Vaccination in the Punjab 1905-1918 - 1905-1918
Year: 1905
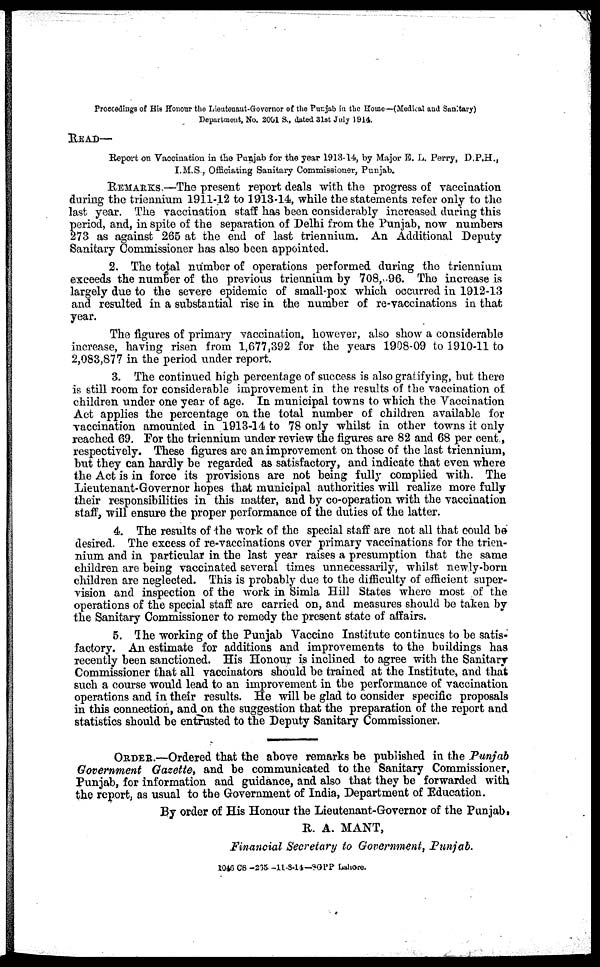
Proccedings of His Honour the Lieutenant-Governor of the Punjab in the Home—(Medical and Sanitary)
Department, No. 2001 S., dated 31st July 1914.
READ—
Report on Vaccination in the Punjab for the year 1913-14, by Major E. L. Perry, D.P.H.,
I.M.S., Officiating Sanitary Commissioner, Punjab.
REMARKS.—The present report deals with the progress of vaccination
during the triennium 1911-12 to 1913-14, while the statements refer only to the
last year. The vaccination staff has been considerably increased during this
period, and, in spite of the separation of Delhi from the Punjab, now numbers
273 as against 265 at the end of last triennium. An Additional Deputy
Sanitary Commissioner has also been appointed.
2. The total number of operations performed during the triennium
exceeds the number of the previous triennium by 708, 96. The increase is
largely due to the severe epidemic of small-pox which occurred in 1912-13
and resulted in a substantial rise in the number of re-vaccinations in that
year.
The figures of primary vaccination, however, also show a considerable
increase, having risen from 1,677,392 for the years 1908-09 to 1910-11 to
2,083,877 in the period under report.
3. The continued high percentage of success is also gratifying, but there
is still room for considerable improvement in the results of the vaccination of
children under one year of age. In municipal towns to which the Vaccination
Act applies the percentage on the total number of children available for
vaccination amounted in 1913-14 to 78 only whilst in other towns it only
reached 69. For the triennium under review the figures are 82 and 68 per cent.,
respectively. These figures are an improvement on those of the last triennium,
but they can hardly be regarded as satisfactory, and indicate that even where
the Act is in force its provisions are not being fully complied with. The
Lieutenant-Governor hopes that municipal authorities will realize more fully
their responsibilities in this matter, and by co-operation with the vaccination
staff, will ensure the proper performance of the duties of the latter.
4. The results of the work of the special staff are not all that could be
desired. The excess of re-vaccinations over primary vaccinations for the trien-
nium and in particular in the last year raises a presumption that the same
children are being vaccinated several times unnecessarily, whilst newly-born
children are neglected. This is probably due to the difficulty of efficient super-
vision and inspection of the work in Simla Hill States where most of the
operations of the special staff are carried on, and measures should be taken by
the Sanitary Commissioner to remedy the present state of affairs.
5. The working of the Punjab Vaccine Institute continues to be satis-
factory. An estimate for additions and improvements to the buildings has
recently been sanctioned. His Honour is inclined to agree with the Sanitary
Commissioner that all vaccinators should be trained at the Institute, and that
such a course would lead to an improvement in the performance of vaccination
operations and in their results. He will be glad to consider specific proposals
in this connection, and on the suggestion that the preparation of the report and
statistics should be entrusted to the Deputy Sanitary Commissioner.
ORDER.—Ordered that the above remarks be published in the Punjab
Government Gazette, and be communicated to the Sanitary Commissioner,
Punjab, for information and guidance, and also that they be forwarded with
the report, as usual to the Government of India, Department of Education.
By order of His Honour the Lieutenant-Governor of the Punjab.
R. A. MANT,
Financial Secretary to Government, Punjab.
1946 CS -265. -11-8-14—SGPP Lahore.